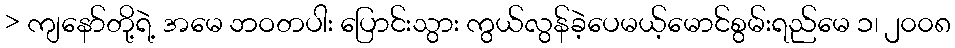
> ကျနော်တို့ရဲ့ အမေ ဘဝတပါး ပြောင်းသွား ကွယ်လွန်ခဲ့ပေမယ့်မောင်စွမ်းရည်မေ ၁၊ ၂၀၀၈